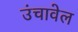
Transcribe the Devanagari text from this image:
उंचावेल